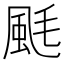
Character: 䫽